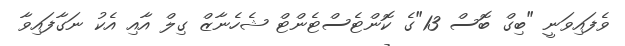
ވެފައިވަނީ "ބިގް ބޮސް 13"ގެ ކޮންޓެސްޓެންޓް ޝެހެނާޒް ގިލް އާއި އެކު ނަގާފައިވާ